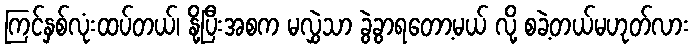
ကြင်နှစ်လုံးထပ်တယ်၊ နို့ပြီးအစက မလွှဲသာ ခွဲခွာရတော့မယ် လို့ စခဲ့တယ်မဟုတ်လား